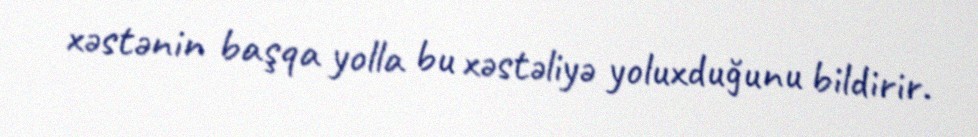
xəstənin başqa yolla bu xəstəliyə yoluxduğunu bildirir.